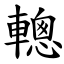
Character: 䡯